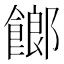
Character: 𩝢